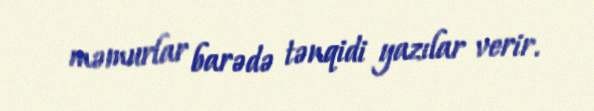
məmurlar barədə tənqidi yazılar verir.